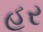
હૂર